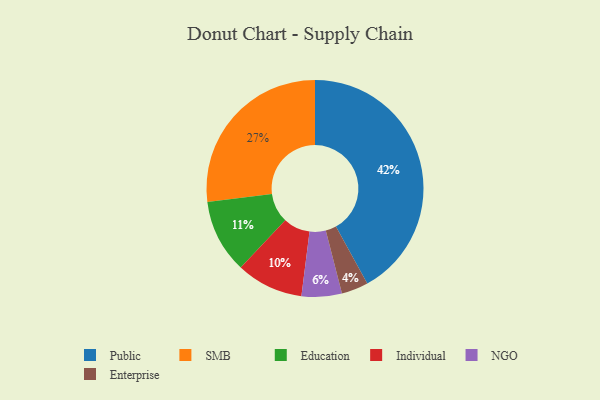
{"axis": {"x": "Category", "y": "Percentage"}, "legend": ["Education", "Enterprise", "Individual", "NGO", "Public", "SMB"], "data": [{"x": "NGO", "y": 6, "type": "NGO"}, {"x": "Individual", "y": 10, "type": "Individual"}, {"x": "Education", "y": 11, "type": "Education"}, {"x": "SMB", "y": 27, "type": "SMB"}, {"x": "Public", "y": 42, "type": "Public"}, {"x": "Enterprise", "y": 4, "type": "Enterprise"}]}